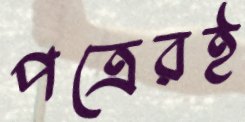
পত্রেরই